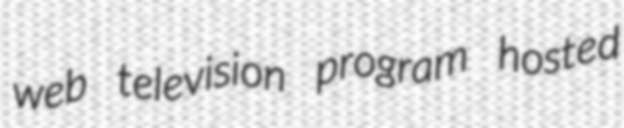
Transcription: web television program hosted